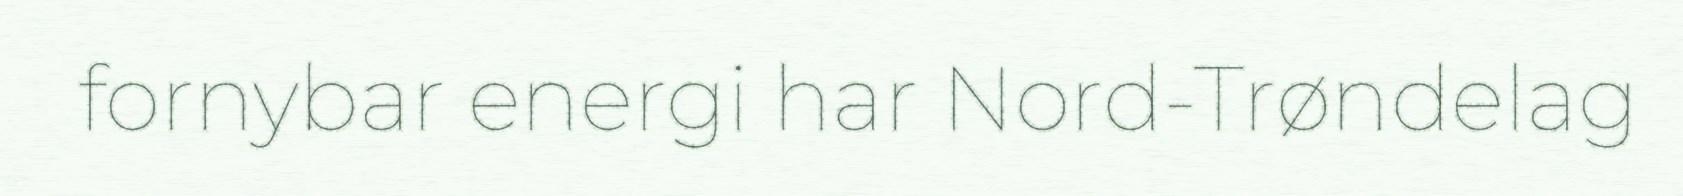
fornybar energi har Nord-Trøndelag